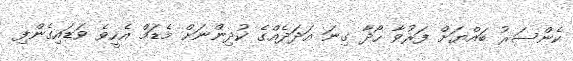
ކެންސަރު ބައްޔަށް ފަރުވާ ހޯދާ ގިނަ އަދަދެއްގެ ކުދިންނަށް މެޑަމް އެހީވެ ވަޑައިގެންފި